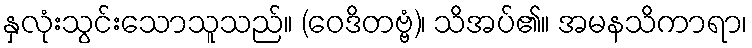
နှလုံးသွင်းသောသူသည်။ (ဝေဒိတဗ္ဗံ)၊ သိအပ်၏။ အမနသိကာရာ၊